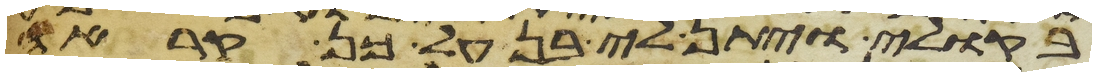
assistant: בקולי ויתן לי בן על כן קראה